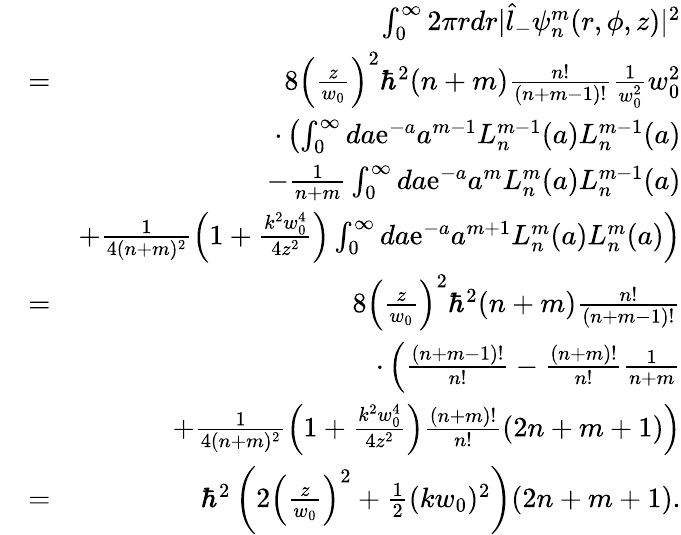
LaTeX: \begin{array}{rlr}&{}&{\int_{0}^{\infty}2\pi rdr|\hat{l}_{-}\psi_{n}^{m}(r,\phi,z)|^{2}}\\ &{=}&{8\left(\frac{z}{w_{0}}\right)^{2}\hbar^{2}(n+m)\frac{n!}{(n+m-1)!}\frac{1}{w_{0}^{2}}w_{0}^{2}}\\ &{}&{\cdot\left(\int_{0}^{\infty}da\mathrm{e}^{-a}a^{m-1}L_{n}^{m-1}(a)L_{n}^{m-1}(a)\right.}\\ &{}&{\left.-\frac{1}{n+m}\int_{0}^{\infty}da\mathrm{e}^{-a}a^{m}L_{n}^{m}(a)L_{n}^{m-1}(a)\right.}\\ &{}&{\left.+\frac{1}{4(n+m)^{2}}\left(1+\frac{k^{2}w_{0}^{4}}{4z^{2}}\right)\int_{0}^{\infty}da\mathrm{e}^{-a}a^{m+1}L_{n}^{m}(a)L_{n}^{m}(a)\right)}\\ &{=}&{8\left(\frac{z}{w_{0}}\right)^{2}\hbar^{2}(n+m)\frac{n!}{(n+m-1)!}}\\ &{}&{\cdot\left(\frac{(n+m-1)!}{n!}-\frac{(n+m)!}{n!}\frac{1}{n+m}\right.}\\ &{}&{\left.+\frac{1}{4(n+m)^{2}}\left(1+\frac{k^{2}w_{0}^{4}}{4z^{2}}\right)\frac{(n+m)!}{n!}(2n+m+1)\right)}\\ &{=}&{\hbar^{2}\left(2\left(\frac{z}{w_{0}}\right)^{2}+\frac{1}{2}(kw_{0})^{2}\right)(2n+m+1).}\end{array}